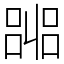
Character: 嘂